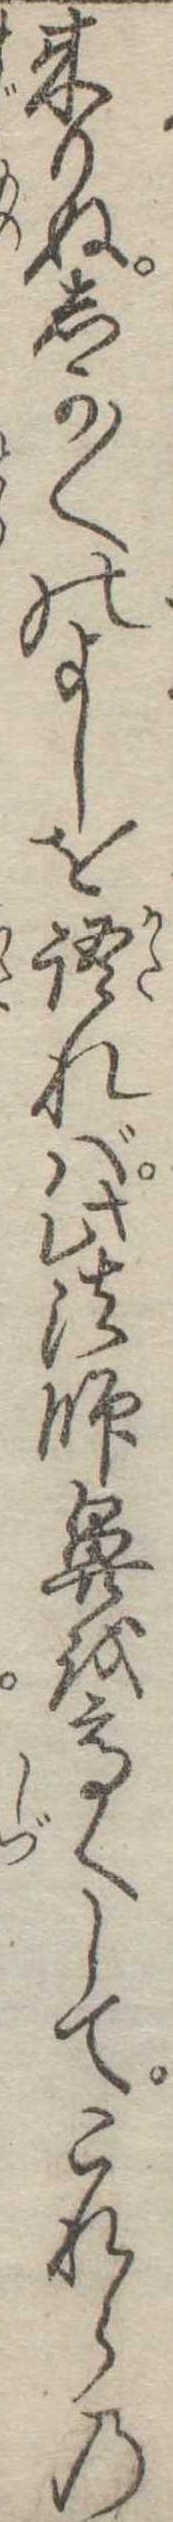
来りぬしか〱のよしを語れば此法師鼻を高くしてこれらの